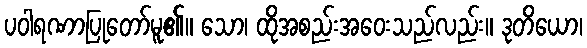
ပဝါရဏာပြုတော်မူ၏။ သော၊ ထိုအစည်းအဝေးသည်လည်း။ ဒုတိယော၊